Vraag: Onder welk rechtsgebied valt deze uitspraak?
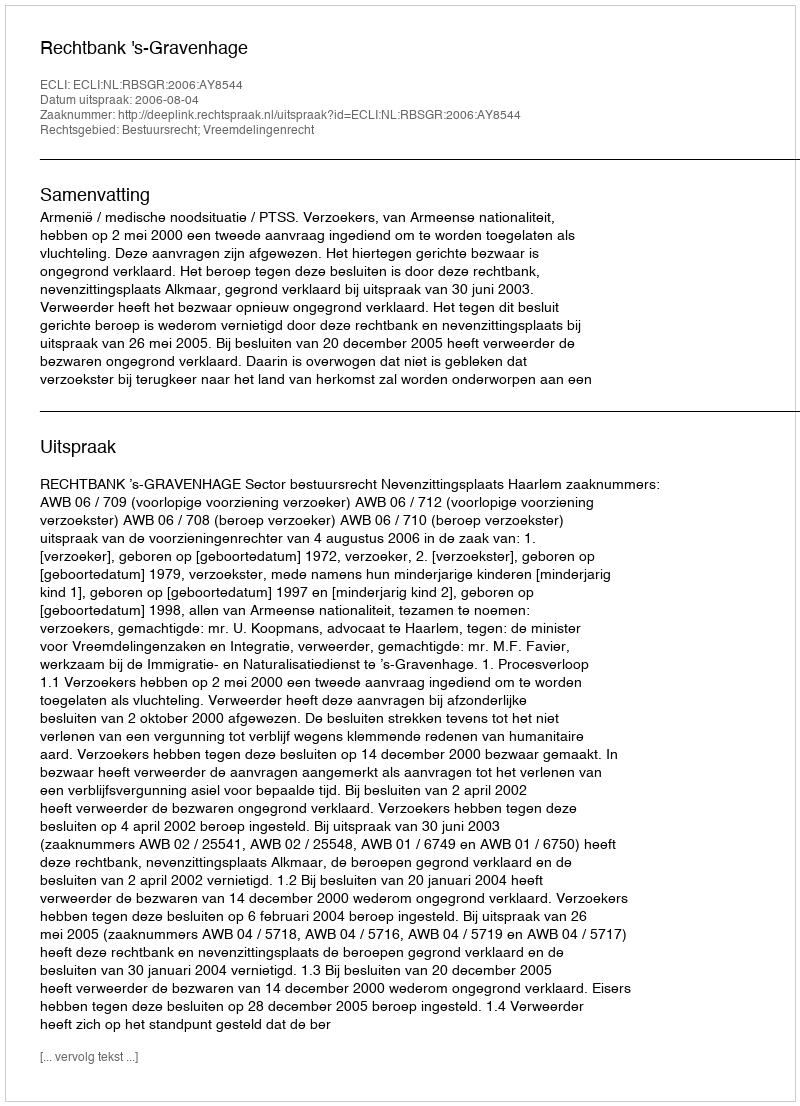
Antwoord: Bestuursrecht; Vreemdelingenrecht